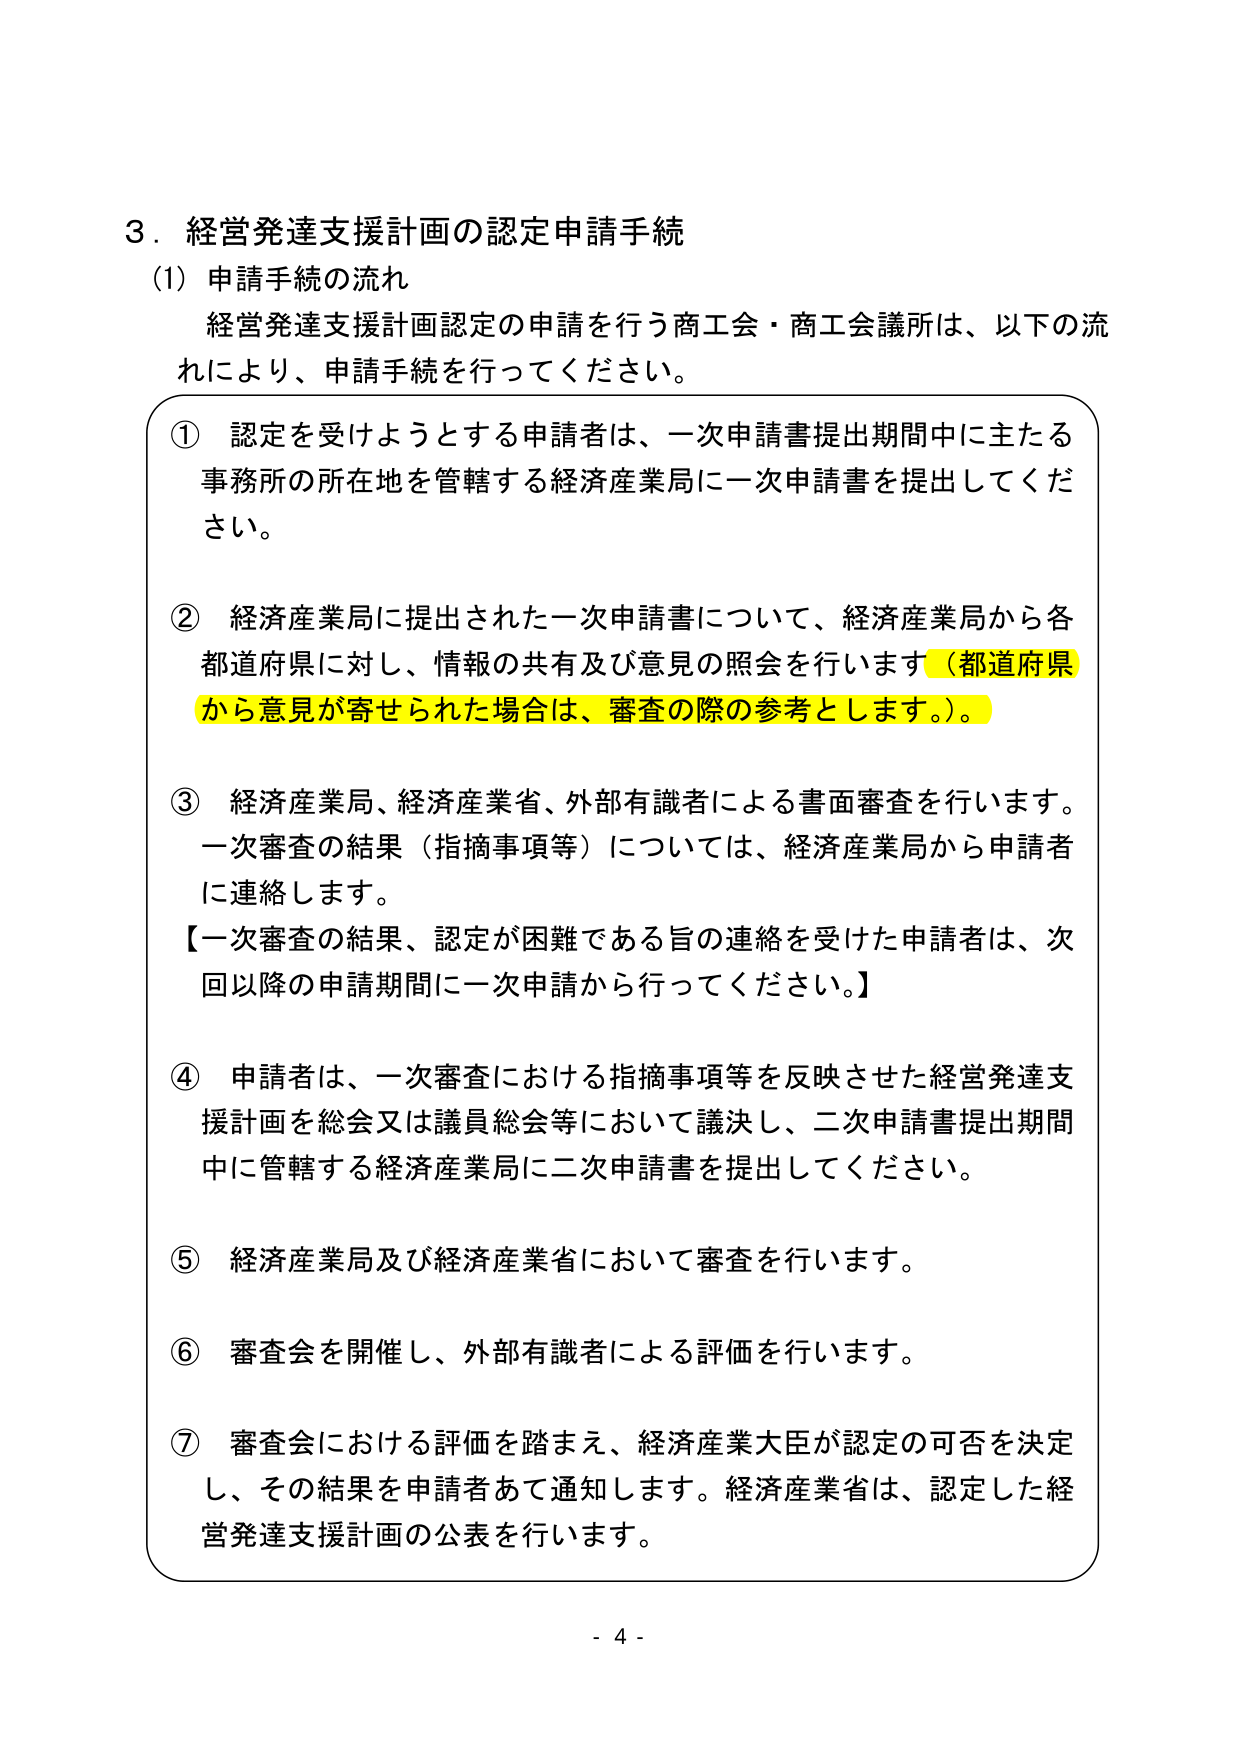
3．経営発達支援計画の認定申請手続
(1) 申請手続の流れ
経営発達支援計画認定の申請を行う商工会・商工会議所は、以下の流れにより、申請手続を行ってください。

① 認定を受けようとする申請者は、一次申請書提出期間中に主たる事務所の所在地を管轄する経済産業局に一次申請書を提出してください。

② 経済産業局に提出された一次申請書について、経済産業局から各都道府県に対し、情報の共有及び意見の照会を行います（都道府県から意見が寄せられた場合は、審査の際の参考とします。）。

③ 経済産業局、経済産業省、外部有識者による書面審査を行います。一次審査の結果（指摘事項等）については、経済産業局から申請者に連絡します。
【一次審査の結果、認定が困難である旨の連絡を受けた申請者は、次回以降の申請期間に一次申請から行ってください。】

④ 申請者は、一次審査における指摘事項等を反映させた経営発達支援計画を総会又は議員総会等において議決し、二次申請書提出期間中に管轄する経済産業局に二次申請書を提出してください。

⑤ 経済産業局及び経済産業省において審査を行います。

⑥ 審査会を開催し、外部有識者による評価を行います。

⑦ 審査会における評価を踏まえ、経済産業大臣が認定の可否を決定し、その結果を申請者あて通知します。経済産業省は、認定した経営発達支援計画の公表を行います。

- 4 -